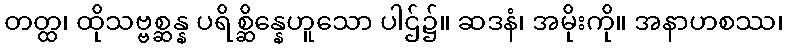
တတ္ထ၊ ထိုသဗ္ဗစ္ဆန္န ပရိစ္ဆိန္နေဟူသော ပါဌ်၌။ ဆဒနံ၊ အမိုးကို။ အနာဟစဿ၊